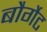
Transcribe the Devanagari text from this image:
बौर्गेट